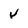
Character: V